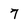
Character: 7